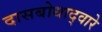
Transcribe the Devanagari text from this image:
दासबोधाद्वारे